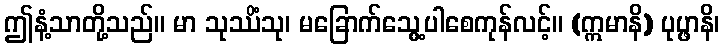
ဤနံ့သာတို့သည်။ မာ သုဿိံသု၊ မခြောက်သွေ့ပါစေကုန်လင့်။ (ဣမာနိ) ပုပ္ဖာနိ၊